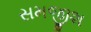
સમજીશ